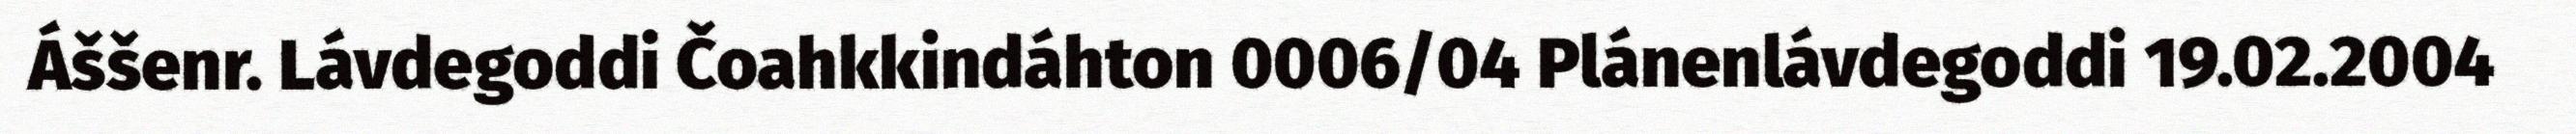
Áššenr. Lávdegoddi Čoahkkindáhton 0006/04 Plánenlávdegoddi 19.02.2004